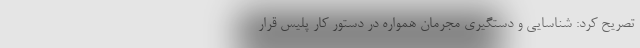
تصریح کرد: شناسایی و دستگیری مجرمان همواره در دستور کار پلیس قرار